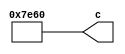
// -------------------------------------------------------------
// 
// 
// Generated by MATLAB 9.14 and HDL Coder 4.1
// 
// -------------------------------------------------------------


// -------------------------------------------------------------
// 
// Module: a12
// Source Path: FP_sub/fp model/IIR_section_1/a12
// Hierarchy Level: 2
// 
// -------------------------------------------------------------

`timescale 1 ns / 1 ns

module a12
          (c);


  output  signed [14:0] c;  // sfix15_En11


  wire signed [14:0] a12_out1;  // sfix15_En11


  assign a12_out1 = 15'sb111111001100000;



  assign c = a12_out1;

endmodule  // a12